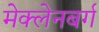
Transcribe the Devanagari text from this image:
मेक्लेनबर्ग